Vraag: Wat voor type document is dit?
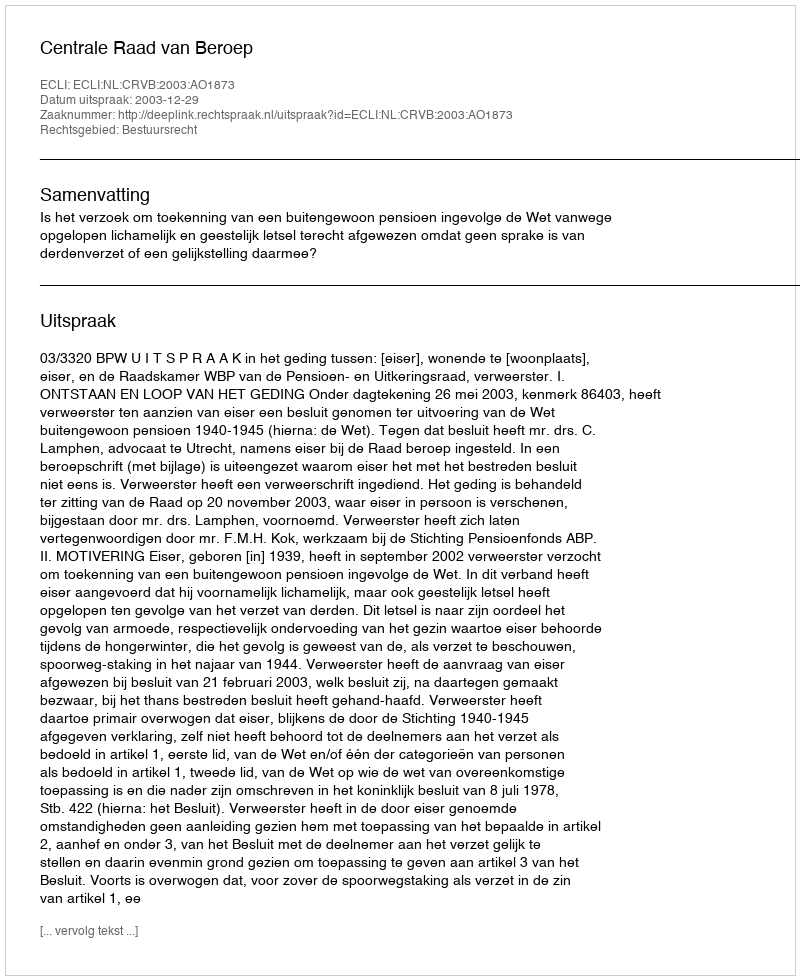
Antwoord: Uitspraak